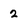
Character: 2